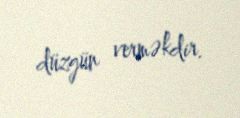
düzgün verməkdir.